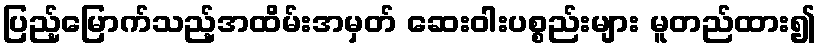
ပြည့်မြောက်သည့်အထိမ်းအမှတ် ဆေးဝါးပစ္စည်းများ မူတည်ထား၍